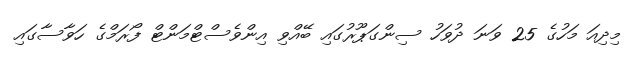
މިދިއަ މަހުގެ 25 ވަނަ ދުވަހު ސިންގަޕޫރުގައި ބޭއްވި އިންވެސްޓްމަންޓް ފޯރަމްގެ ހަވާސާގައި